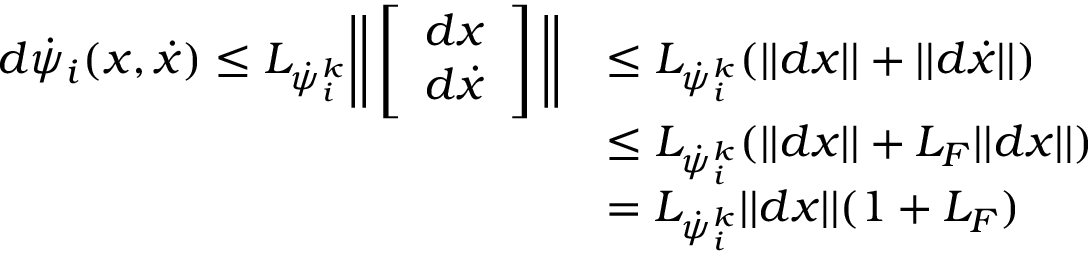
\begin{array} { r l } { d \dot { \psi } _ { i } ( x , \dot { x } ) \leq L _ { \dot { \psi } _ { i } ^ { k } } \bigg | \bigg | \left[ \begin{array} { l } { d x } \\ { d \dot { x } } \end{array} \right] \bigg | \bigg | } & { \leq L _ { \dot { \psi } _ { i } ^ { k } } ( | | d x | | + | | d \dot { x } | | ) } \\ & { \leq L _ { \dot { \psi } _ { i } ^ { k } } ( | | d x | | + L _ { F } | | d x | | ) } \\ & { = L _ { \dot { \psi } _ { i } ^ { k } } | | d x | | ( 1 + L _ { F } ) } \end{array}